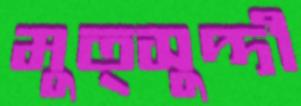
মুত্সুদ্দী